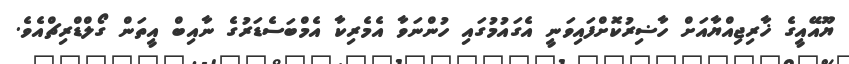
ޔޫއޭއީގެ ޚާރިޖިއްޔާއަށް ހާޟިރުކޮށްފައިވަނީ އެގައުމުގައި ހުންނަވާ އެމެރިކާ އެމްބަސެޑަރުގެ ނާއިބް އީތަން ގޯލްޑްރިޗްއެވެ.